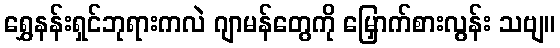
ရွှေနန်းရှင်ဘုရားကလဲ ဂျာမန်တွေကို မြှောက်စားလွန်း သဗျ။